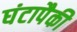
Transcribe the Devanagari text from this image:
घंटापैकी